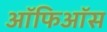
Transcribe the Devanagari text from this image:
ऑफिऑस